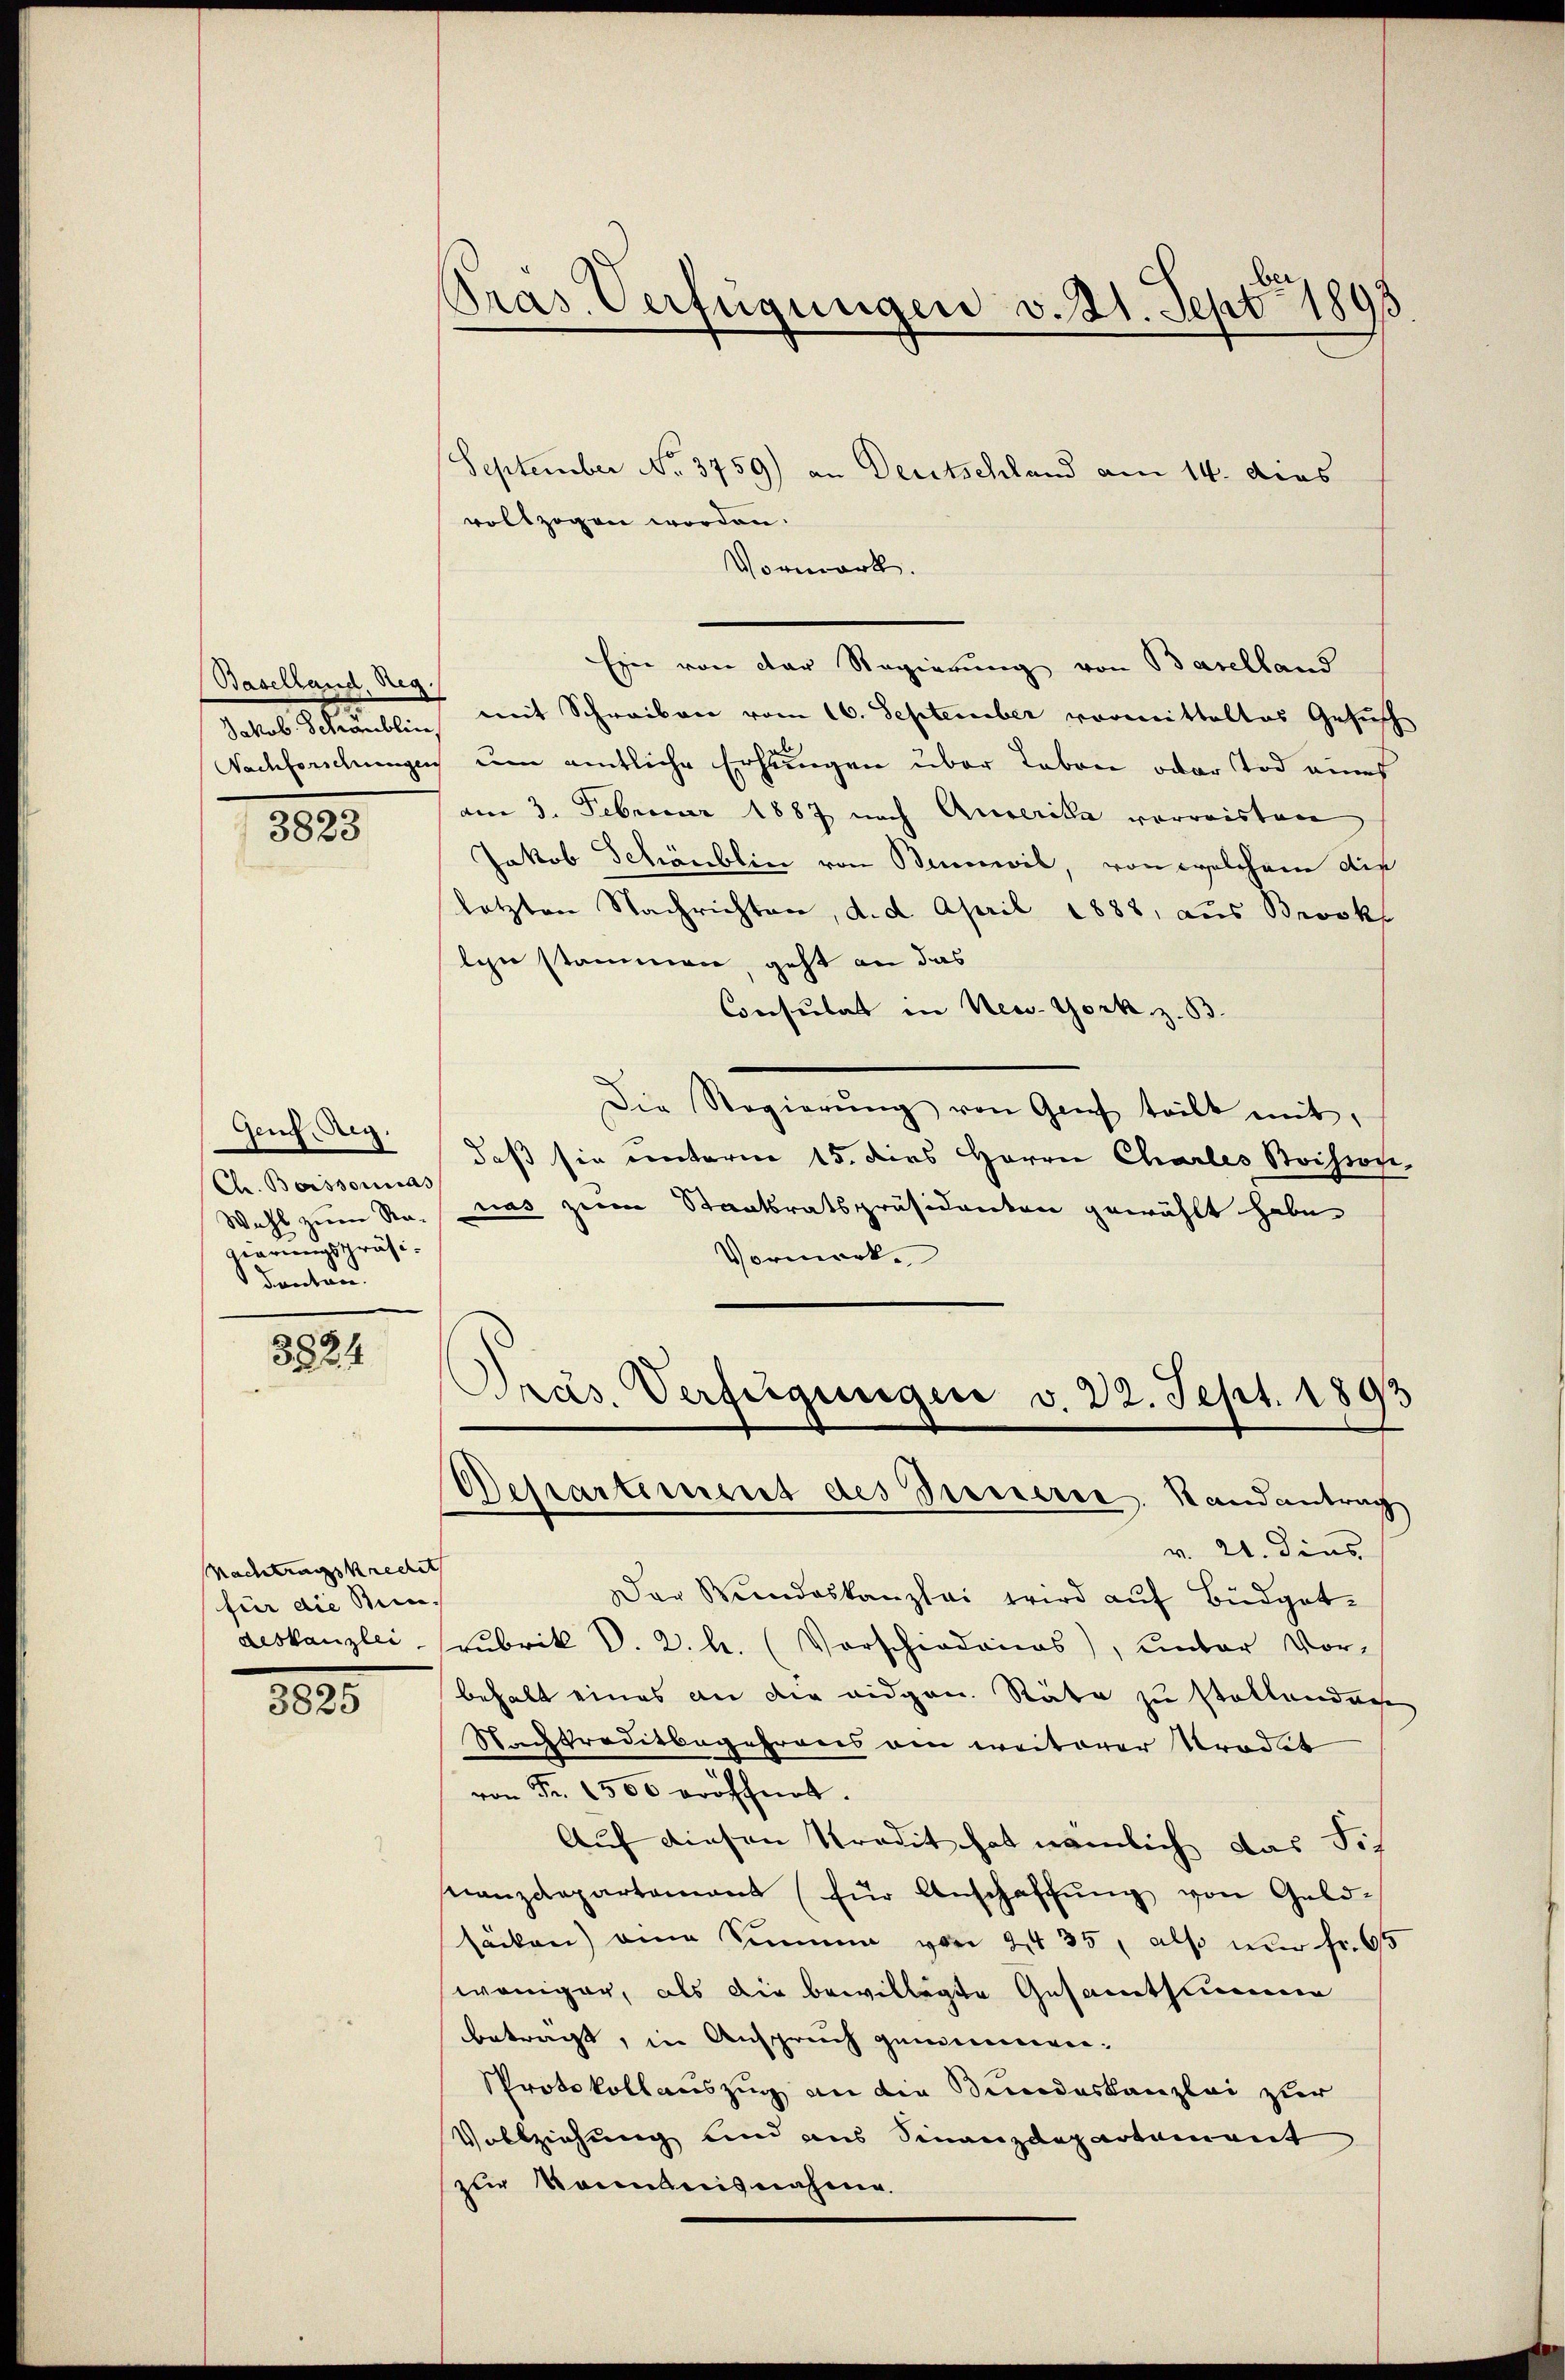
Jakob Schraublin

3823

Genf, Reg.
Ch. Boissonias
gierungspräsidenten.

322

Nachtragskrechet
für die Bei-
deskanzlei

3025

Pras. Verfügungen v. 21. Sept 1893
J

September No. 3759) an Deutschland am 14. dies
vollzogen worden.
Vormerk.
Eine von der Regierung von Baselland
Baselland mit Schreiben vom 16. September vormitteltes Gesuch
Nachfordungen um amtliche Erhängen über Leben oder Tod eines
am 3. Februar 1887 nach Auserika vorweisten
Jakob Schönblic von Bevorwil, von solchen die
letzten Nachrichten, d. d. April 1888, aus Brooks
lei stammen, geht an das
Consulat in New-York z. B.
Die Regierŭng von Geich teilt mit,
daß sie unterm 15. dies Herrn Charles Soisson,
Wahl zum Rat uns zum Staatsratspräsidenten gewählt habe
Vormerke
Pras. Verfügungen v. 22. Sept. 1893
Departement des Preiserie Randantrag
v. 21. Dins
Der Rundeskanzlei wird auf Büdgetrubrik d. 2. b. (Vorschiedenes), unter Vor-
behalt eines an die eidgen. Räte zu stellendan
Stachtraditbegehrens ain weiterer Tradit
von Fr. 1500 eröffnet.
Auf diesen Predit hat nämlich das Sch
nanzdepartement (für Anschaffŭng von Geld-
säcken) eine Summe von 24 35, also nur fr. 65
weniger, als die bewilligte Gesamtheimen
beträgt, in Anspruch genommen.
Protokollauszug an die Bundeskanzlei zur
Vollziehung und aus Finanzdepartement
zur Kenntnisnahme